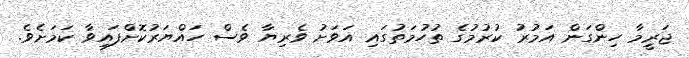
ޖަރީމާ ހިންގަން އަމުރު ކުރުމުގެ ތުހުމަތުގައި އަވަށު ވެރިޔާ ވެސް ހައްޔަރުކޮށްފައިވާ ކަމަށެވެ.